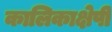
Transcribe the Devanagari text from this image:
कालिकाक्षेपी